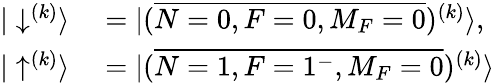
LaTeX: \begin{array}{rl}{|\downarrow^{(k)}\rangle}&{{}=|(\overline{{N=0,F=0,M_{F}=0}})^{(k)}\rangle,}\\ {|\uparrow^{(k)}\rangle}&{{}=|(\overline{{N=1,F=1^{-},M_{F}=0}})^{(k)}\rangle}\end{array}